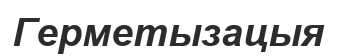
Герметызацыя